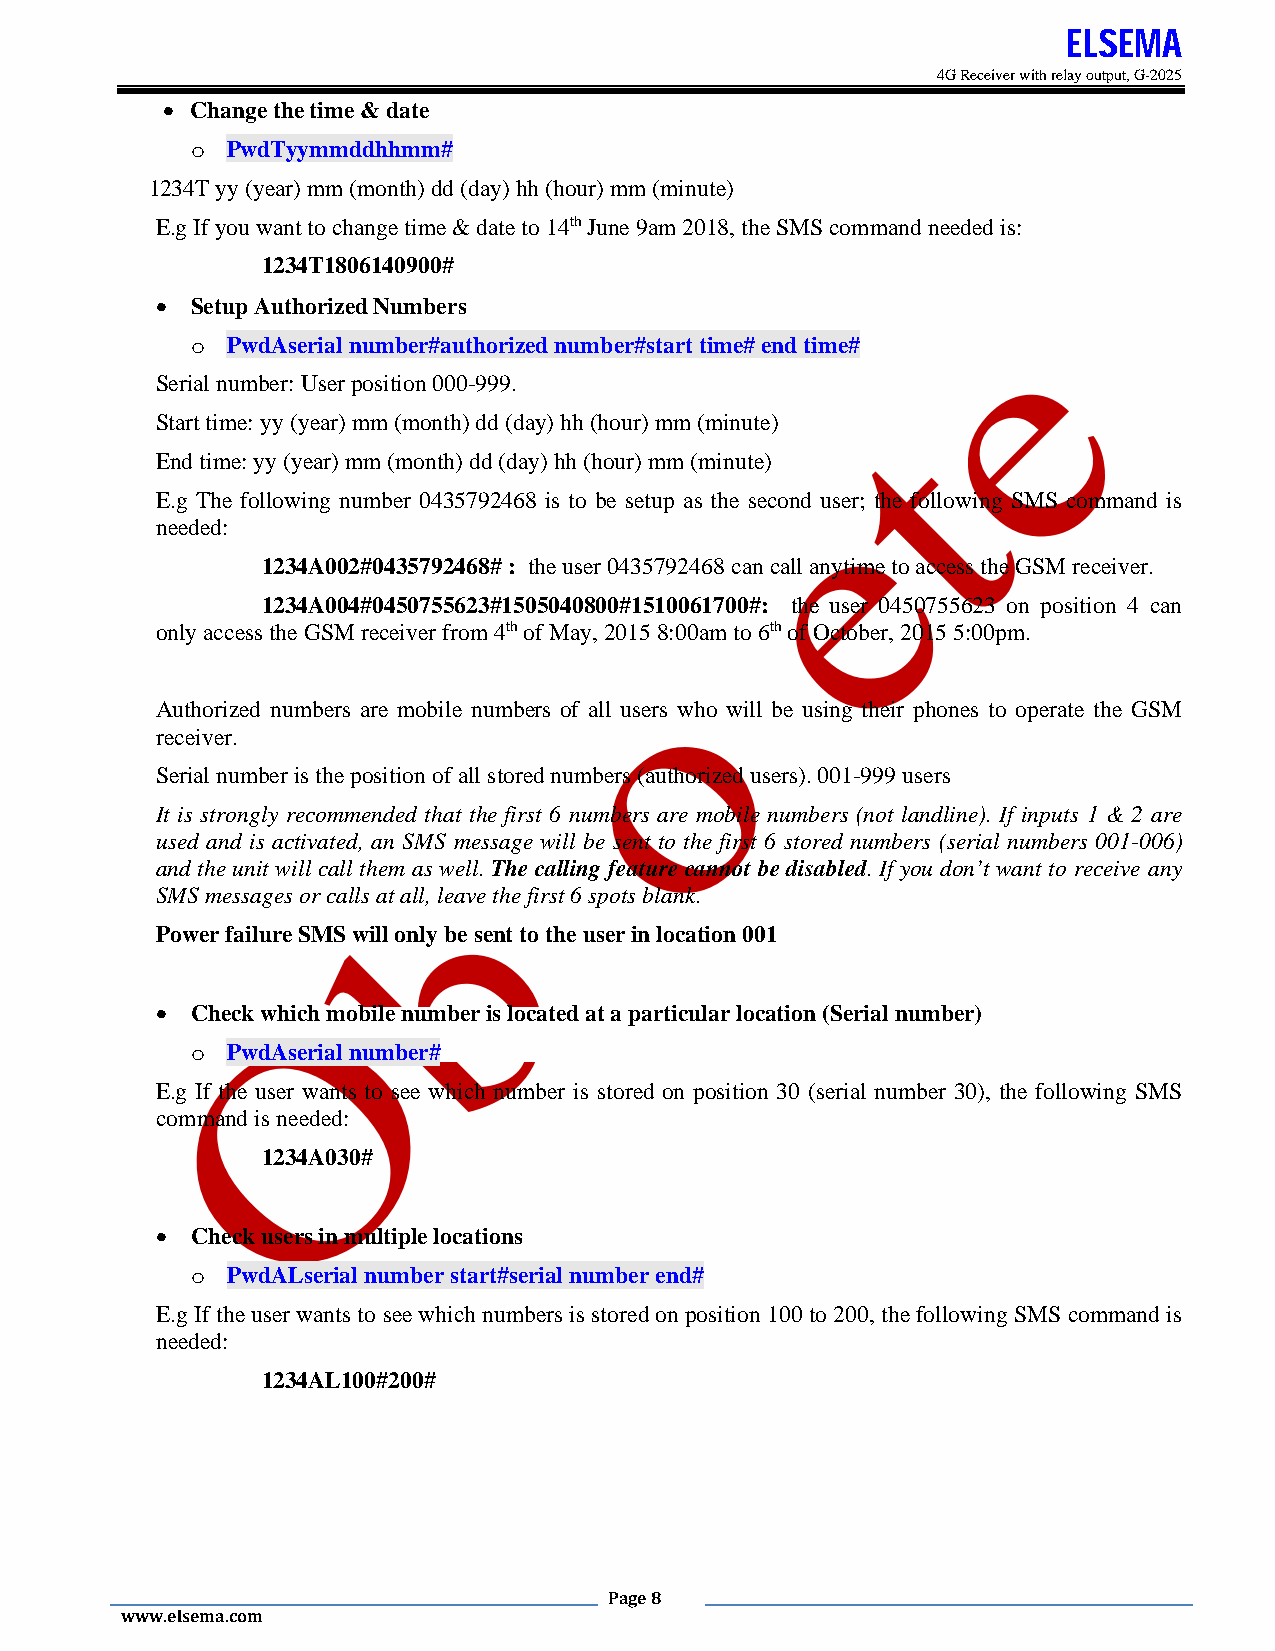
ELSEMA
 4G Receiver with relay output, G-2025
  Change the time & date
 o PwdTyymmddhhmm#
 1234T yy (year) mm (month) dd (day) hh (hour) mm (minute)
 E.g If you want to change time & date to 14th June 9am 2018, the SMS command needed is:
 1234T1806140900#
   Setup Authorized Numbers
 o PwdAserial number#authorized number#start time# end time#
 Serial number: User position 000-999.
 Start time: yy (year) mm (month) dd (day) hh (hour) mm (minute)
 End time: yy (year) mm (month) dd (day) hh (hour) mm (minute)
 E.g The following number 0435792468 is to be setup as the second user; the following SMS command is
 needed:
 1234A002#0435792468# : the user 0435792468 can call anytime to access the GSM receiver.
 1234A004#0450755623#1505040800#1510061700#: the user 0450755623 on position 4 can
 only access the GSM receiver from 4th of May, 2015 8:00am to 6th of October, 2015 5:00pm.
 Authorized numbers are mobile numbers of all users who will be using their phones to operate the GSM
 receiver.
 Serial number is the position of all stored numbers (authorized users). 001-999 users
 It is strongly recommended that the first 6 numbers are mobile numbers (not landline). If inputs 1 & 2 are
 used and is activated, an SMS message will be sent to the first 6 stored numbers (serial numbers 001-006)
 and the unit will call them as well. The calling feature cannot be disabled. If you don’t want to receive any
 SMS messages or calls at all, leave the first 6 spots blank.
 Power failure SMS will only be sent to the user in location 001
   Check which mobile number is located at a particular location (Serial number)
 o PwdAserial number#
 E.g If the user wants to see which number is stored on position 30 (serial number 30), the following SMS
 command is needed:
 1234A030#
   Check users in multiple locations
 o PwdALserial number start#serial number end#
 E.g If the user wants to see which numbers is stored on position 100 to 200, the following SMS command is
 needed:
 1234AL100#200#
 Page 8
 www.elsema.com